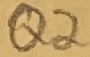
Text: Q2